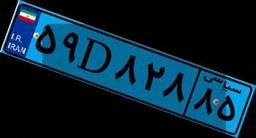
۵۹D۸۲۸۸۵